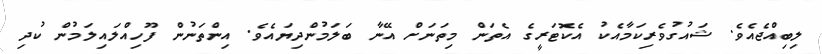
ލިބިއްޖެއެވެ. ޝައުގުވެރިކަމާއެކު އެކޮޓަރީގެ އެތަން މިތަނަށް އޭނާ ބަލަމުންދިޔައެވެ. އިންތަނުން ފޫހިއްލައިލަމުން ކުދި